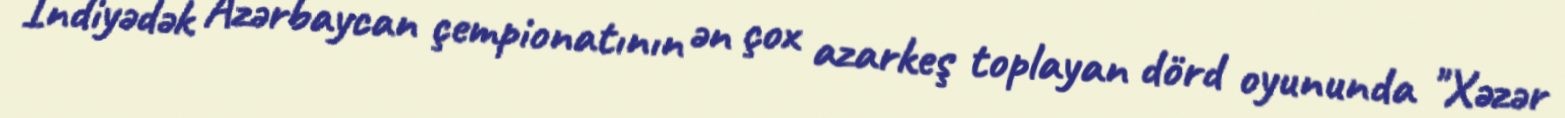
İndiyədək Azərbaycan çempionatının ən çox azarkeş toplayan dörd oyununda "Xəzər